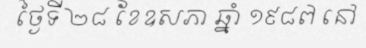
ថ្ងៃទី ២៨ ខែឧសភា ឆ្នាំ ១៩៨៧ នៅ